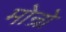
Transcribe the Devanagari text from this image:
मोन्रो